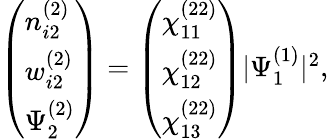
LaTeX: \begin{array}{r}{\left(\begin{array}{l}{n_{i2}^{(2)}}\\ {w_{i2}^{(2)}}\\ {\Psi_{2}^{(2)}}\end{array}\right)=\left(\begin{array}{l}{\chi_{11}^{(22)}}\\ {\chi_{12}^{(22)}}\\ {\chi_{13}^{(22)}}\end{array}\right)|\Psi_{1}^{(1)}|^{2},}\end{array}